65_HS1-834228961_62-HQ-83894_Serial_164
Agency: FBI
Page 63
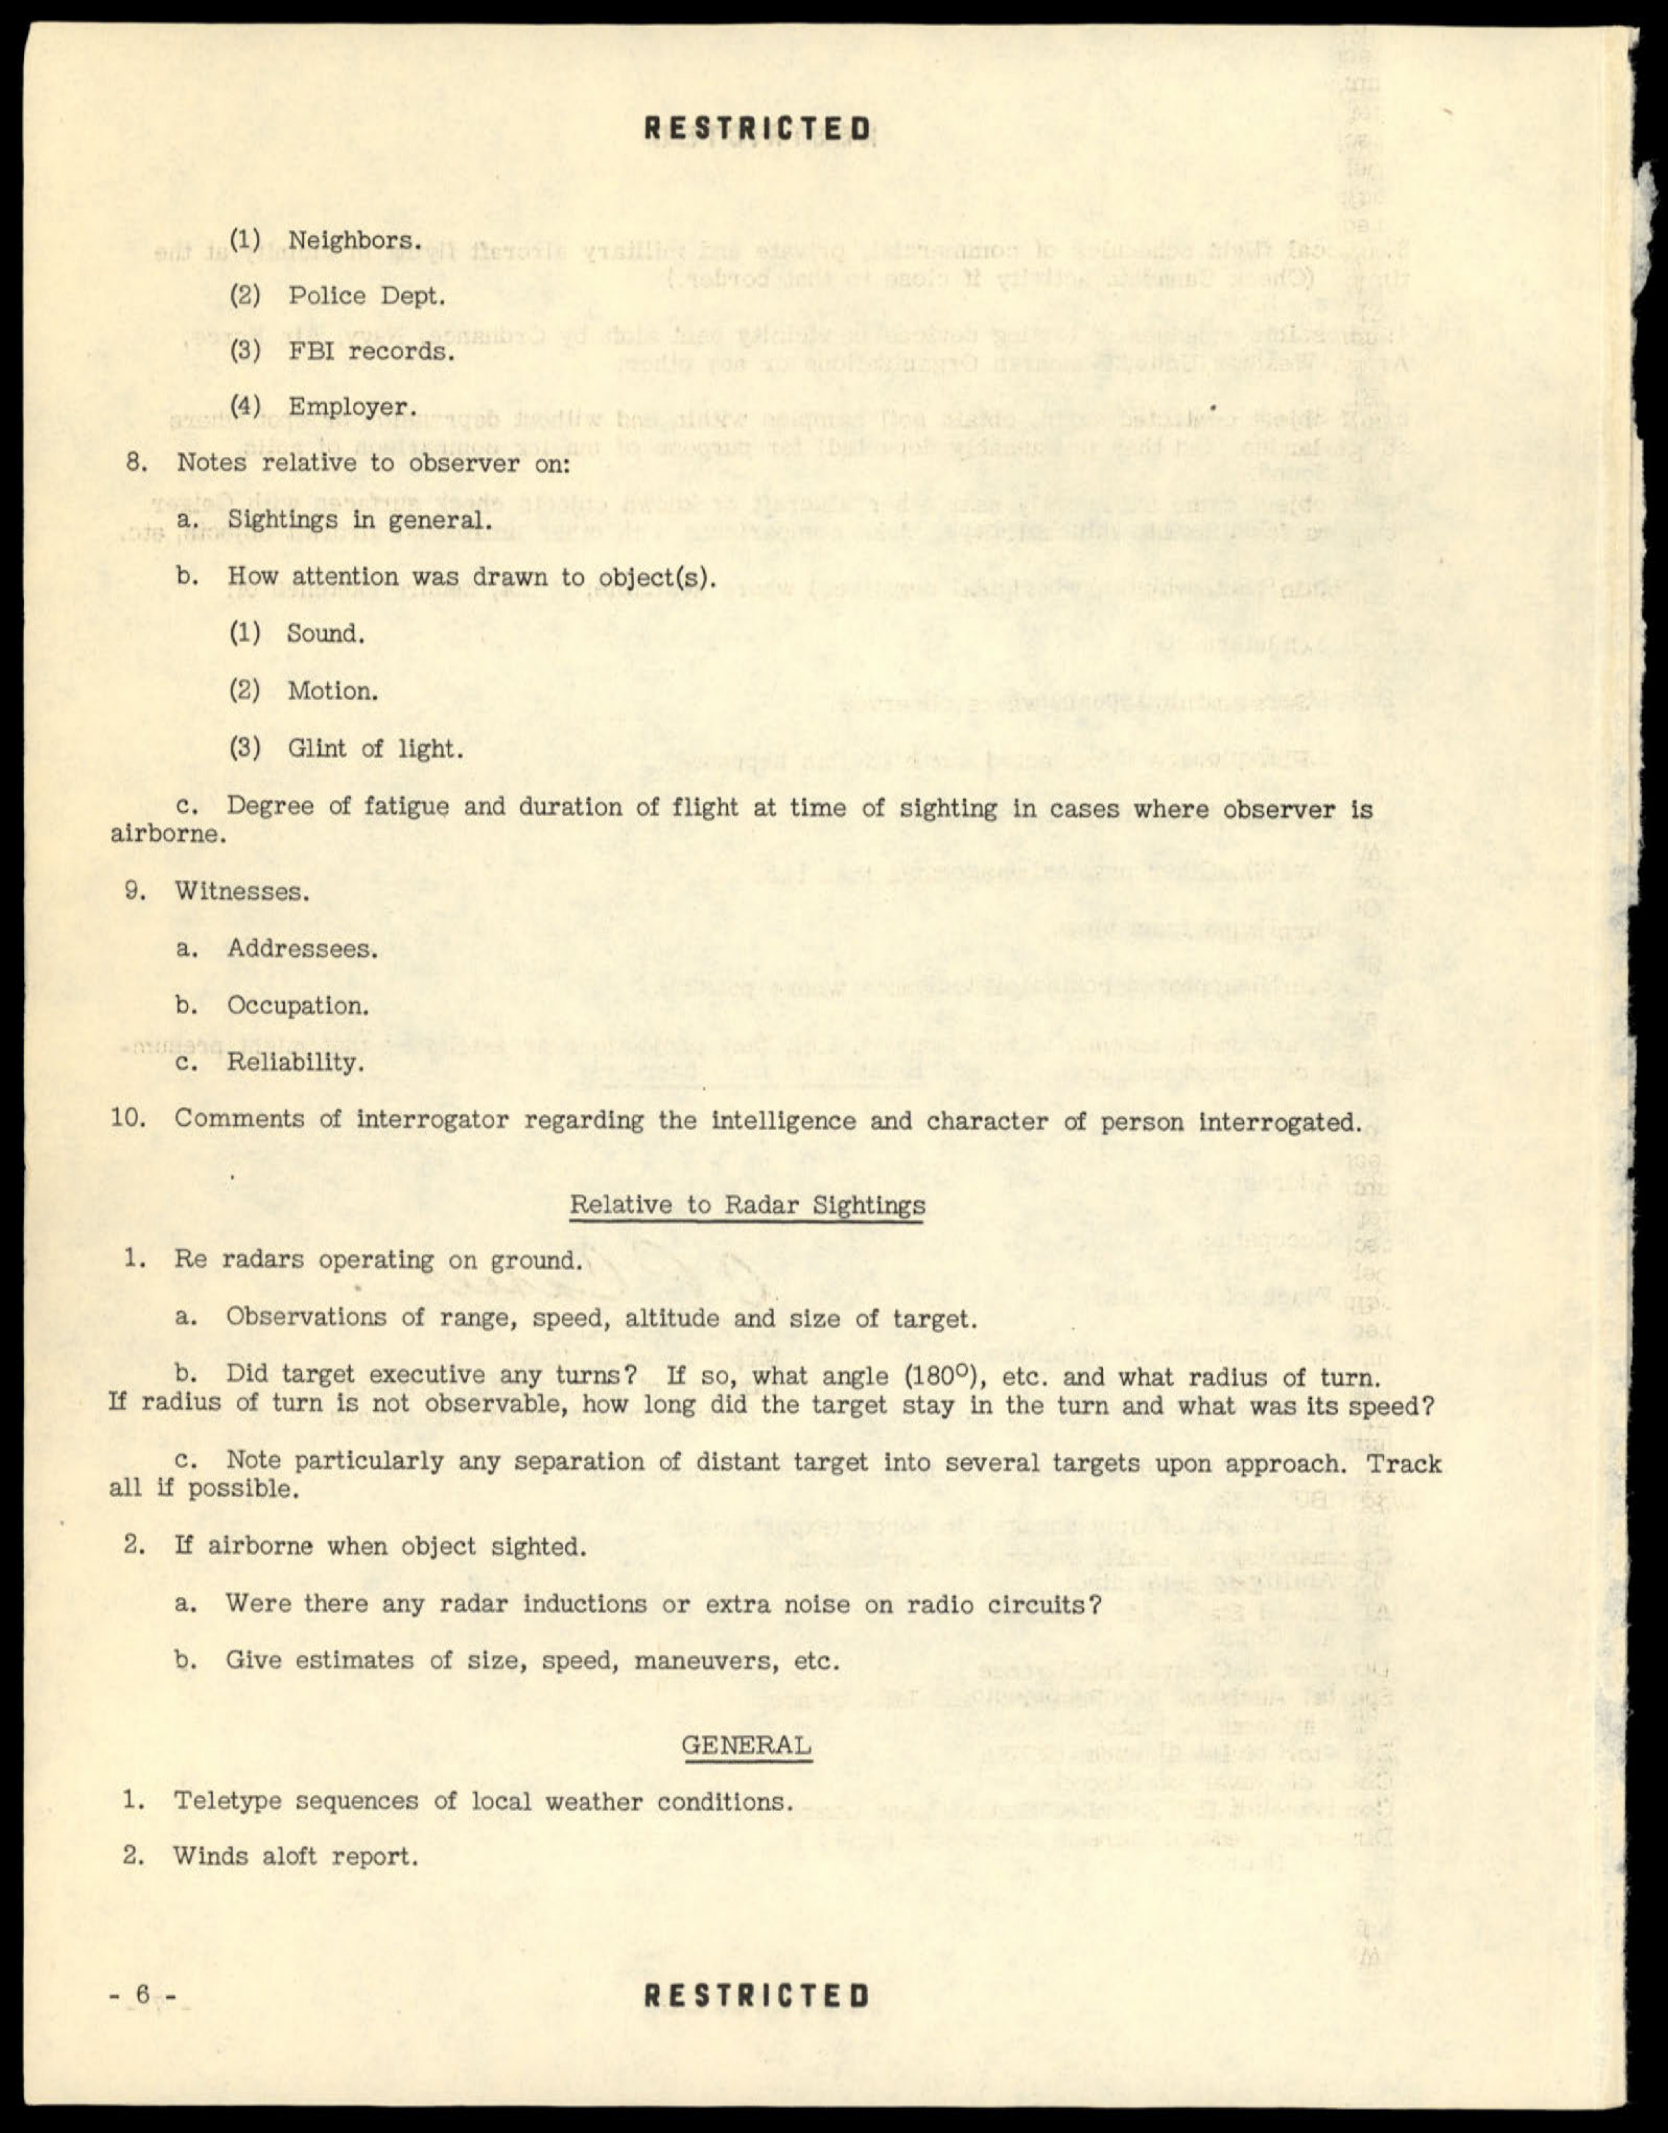